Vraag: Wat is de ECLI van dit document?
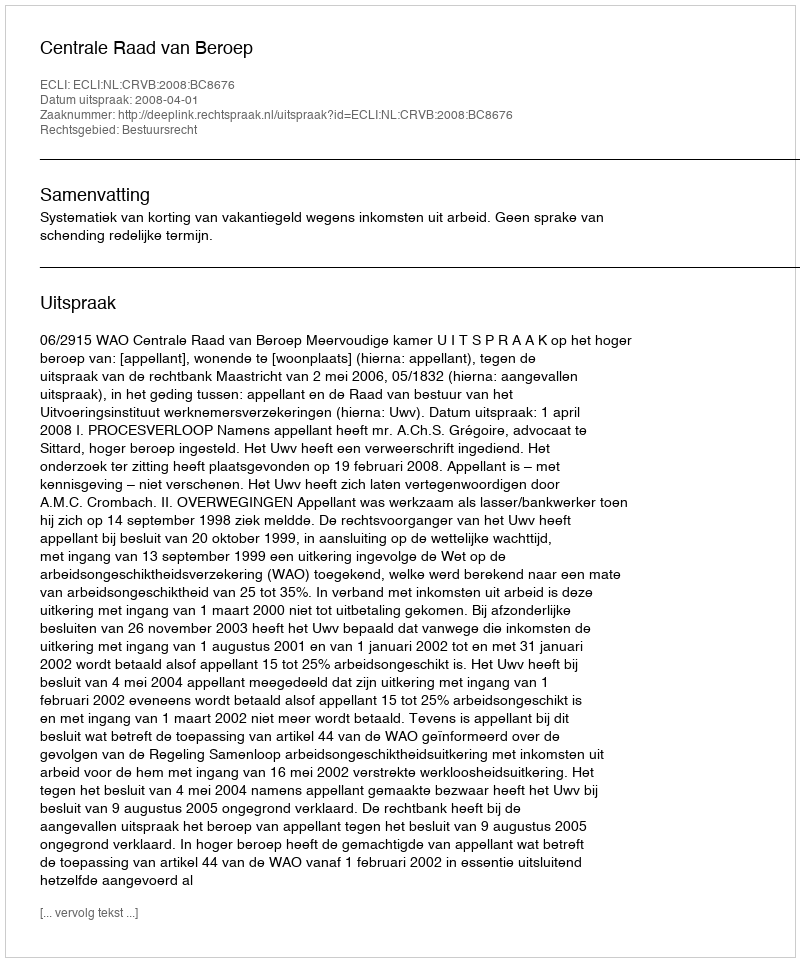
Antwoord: ECLI:NL:CRVB:2008:BC8676